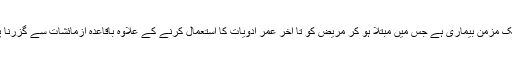
شوگر ایک مزمن بیماری ہے جس میں مبتلا ہو کر مریض کو تا آخر عمر ادویات کا استعمال کرنے کے علاوہ باقاعدہ آزمائشات سے گزرنا پڑتا ہے۔